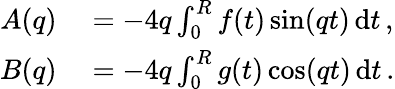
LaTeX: \begin{array}{rl}{A(q)}&{{}=-4q\int_{0}^{R}f(t)\sin(qt)\, \mathrm{d}t\, ,}\\ {B(q)}&{{}=-4q\int_{0}^{R}g(t)\cos(qt)\, \mathrm{d}t\, .}\end{array}